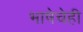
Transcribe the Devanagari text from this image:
भाषेचेही